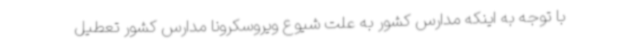
با توجه به اینکه مدارس کشور به علت شیوع ویروسکرونا مدارس کشور تعطیل